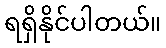
ရရှိနိုင်ပါတယ်။